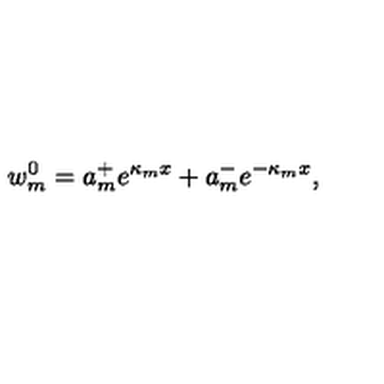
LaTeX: w _ { m } ^ { 0 } = a _ { m } ^ { + } e ^ { \kappa _ { m } x } + a _ { m } ^ { - } e ^ { - \kappa _ { m } x } ,